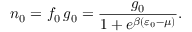
n _ { 0 } = f _ { 0 } \, g _ { 0 } = \frac { g _ { 0 } } { 1 + e ^ { \beta ( \varepsilon _ { 0 } - \mu ) } } .